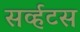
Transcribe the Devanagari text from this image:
सर्व्हटस